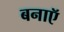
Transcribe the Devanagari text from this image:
बनाऍ